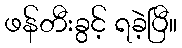
ဖန်တီးခွင့် ရခဲ့ပြီ။